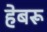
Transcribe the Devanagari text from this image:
हेबरू